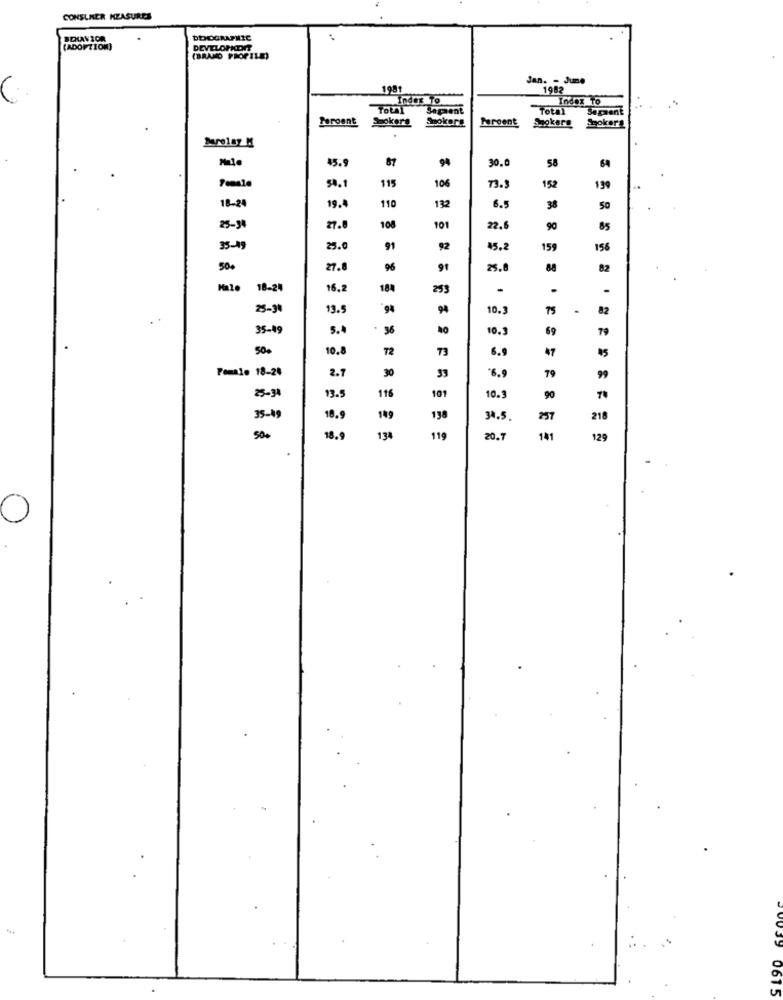
CONSUMER MEASURES
DEMOGRAPHIC
(ADOPTION)
DEVELONONT
(BRAND PROPILE)
Jan. - June
1981
1982
Index To
Index To
TOLL
Sepaent
Total
Peroent
Spokers
Shokort
Fareent Spokers
Spokera
45.9
87
94
30.
58
54.1
106
115
73.
152
199
18-24
19.
110
132
6.5
38
50
25-98
27.0
108
101
22.
90
85
35-19
25.0
91
92
45.2
159
156
500
27.8
96
91
25.6
88
82
Male
18-24
16.2
184
253
-
25-30
13.5
9
10.
75
.
82
35-49
5.4
36
10.3
69
79
500
10.8
72
73
6.9
47
45
Female 18-24
2.7
30
33
"6.9
79
99
13.5
90
25-34
116
101
10.3
35-49
18.9
149
138
34.5.
257
218
500
18.9
134
119
20.7
141
129
19
0615